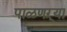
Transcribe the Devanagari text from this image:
पाळणऱ्या